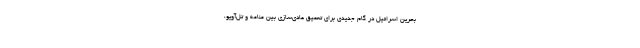
بحرین اسرائیل در گام جدیدی برای تعمیق عادی‌سازی بین منامه و تل‌آویو،